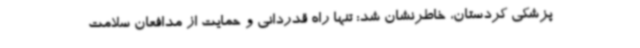
پزشکی کردستان، خاطرنشان شد: تنها راه قدردانی و حمایت از مدافعان سلامت